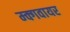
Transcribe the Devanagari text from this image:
म्क्गवायर